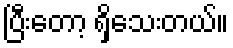
ပြီးတော့ ရှိသေးတယ်။